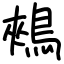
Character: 鵊